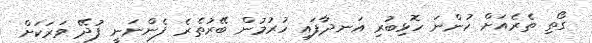
ގޯތި ތެރެއަށް ހުންނަ ހޮޅިބުރި އަނދާފައި ހުރުމުން ބޭރުތެރެ ފެންނަނީ ފުދޭ ވަރަކަށް